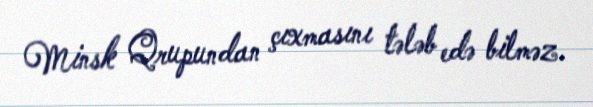
Minsk Qrupundan çıxmasını tələb edə bilməz.